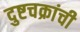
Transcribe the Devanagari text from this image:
दुष्टचक्रांची